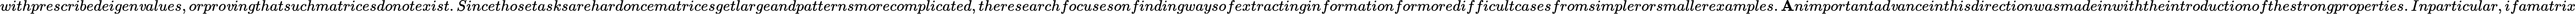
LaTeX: withprescribedeigen\mathit{v}alues,orpro\mathit{v}ingthatsuchmatricesdonotexist.Sincethosetasksarehardoncematricesgetlargeandpatternsmorecomplicated,theresearchfocusesonfindingwaysofextractinginformationformoredifficultcasesfromsimplerorsmallerexamples.\mathbf{A}nimportantad\mathit{v}anceinthisdirectionwasmadeinwiththeintroductionofthestrongproperties.Inparticular,ifamatrix